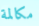
مكالمة